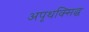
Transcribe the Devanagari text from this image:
अपृथक्सिद्ध